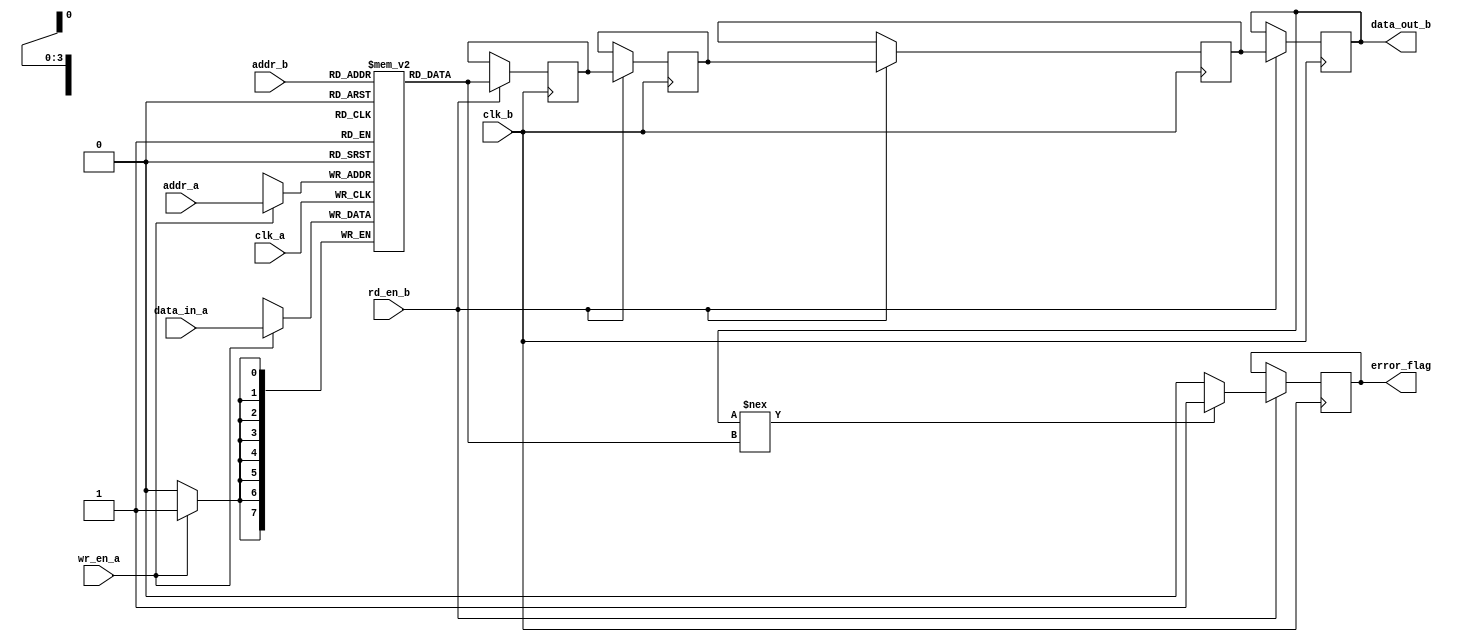
module memory_block #(
    parameter DATA_WIDTH = 8,     // Data width
    parameter ADDR_WIDTH = 4,     // Address width
    parameter DEPTH = 16           // Memory depth
)(
    input  wire                  clk_a,        // Clock for Domain A
    input  wire                  clk_b,        // Clock for Domain B
    input  wire                  wr_en_a,      // Write enable for Domain A
    input  wire                  rd_en_b,      // Read enable for Domain B
    input  wire [ADDR_WIDTH-1:0] addr_a,       // Address for Domain A
    input  wire [ADDR_WIDTH-1:0] addr_b,       // Address for Domain B
    input  wire [DATA_WIDTH-1:0] data_in_a,    // Data input for Domain A
    output wire [DATA_WIDTH-1:0] data_out_b,    // Data output for Domain B
    output reg                   error_flag     // Error flag for data integrity
);

    // Memory array
    reg [DATA_WIDTH-1:0] memory [0:DEPTH-1];

    // Safe Delay Line
    reg [DATA_WIDTH-1:0] delay_line [0:3]; // 3-stage delay line (can be adjusted)
    
    // Write operation in Domain A
    always @(posedge clk_a) begin
        if (wr_en_a) begin
            memory[addr_a] <= data_in_a;
        end
    end

    // Read operation in Domain B with synchronization
    always @(posedge clk_b) begin
        if (rd_en_b) begin
            // Introduce safe delay for synchronization
            delay_line[0] <= memory[addr_b]; // Stage 1
            delay_line[1] <= delay_line[0];   // Stage 2
            delay_line[2] <= delay_line[1];   // Stage 3
            data_out_b <= delay_line[2];      // Final output after delay

            // Error detection logic (example: simple check)
            if (data_out_b !== memory[addr_b]) begin
                error_flag <= 1'b1; // Set error flag if mismatch
            end else begin
                error_flag <= 1'b0; // Clear error flag if match
            end
        end
    end

endmodule